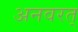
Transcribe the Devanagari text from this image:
अनवरत्